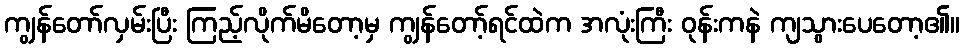
ကျွန်တော်လှမ်းပြီး ကြည့်လိုက်မိတော့မှ ကျွန်တော့်ရင်ထဲက အလုံးကြီး ဝုန်းကနဲ ကျသွားပေတော့၏။